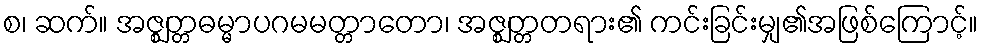
စ၊ ဆက်။ အဇ္ဈတ္တဓမ္မာပဂမမတ္တာတော၊ အဇ္ဈတ္တတရား၏ ကင်းခြင်းမျှ၏အဖြစ်ကြောင့်။